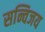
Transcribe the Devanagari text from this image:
सन्विजय